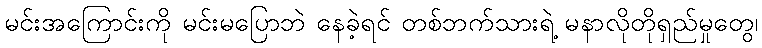
မင်းအကြောင်းကို မင်းမပြောဘဲ နေခဲ့ရင် တစ်ဘက်သားရဲ့ မနာလိုတိုရှည်မှုတွေ၊